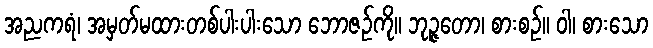
အညကရံ၊ အမှတ်မထားတစ်ပါးပါးသော ဘောဇဉ်ကို။ ဘုဉ္ဇတော၊ စားစဉ်။ ဝါ၊ စားသော